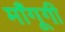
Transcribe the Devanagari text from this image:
माँगूगी